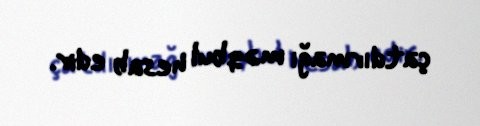
çatdırmağı məqbul hesab edir.